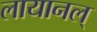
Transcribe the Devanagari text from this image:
लायानल्